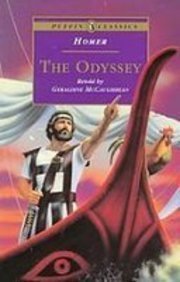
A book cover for The Odyssey (Puffin Classics); Homer; Teen & Young Adult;